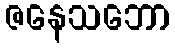
ဇနေသဘော